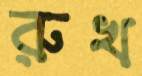
রুখ